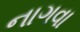
નાગવા